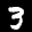
Label: 3